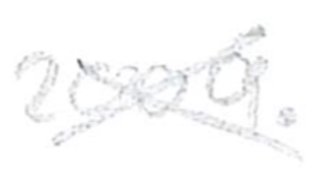
Text: 2009.
Cross-out: cross
Writing tool: pencil